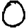
Digit: 0